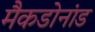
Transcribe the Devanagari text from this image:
मैकडोनांड